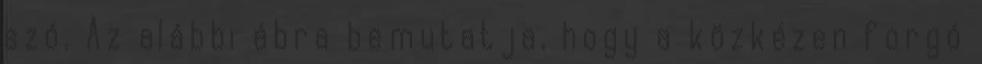
szó. Az alábbi ábra bemutatja, hogy a közkézen forgó